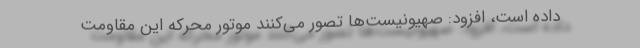
داده است، افزود: صهیونیست‌ها تصور می‌کنند موتور محرکه‌ این مقاومت